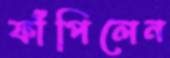
ফাঁপিলেন